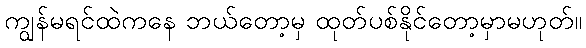
ကျွန်မရင်ထဲကနေ ဘယ်တော့မှ ထုတ်ပစ်နိုင်တော့မှာမဟုတ်။